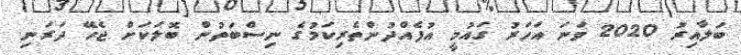
ބަލާއިރު 2020 ވަނަ އަހަރު ގައުމީ އުފެއްދުންތެރިކަމުގެ ނިސްބަތުން ބޮލަކަށް ޖެހޭ ދަރަނި